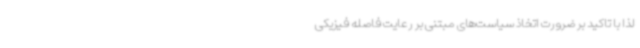
لذا با تاکید بر ضرورت اتخاذ سیاست‌های مبتنی بر رعایت فاصله فیزیکی